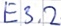
Text: E3.2